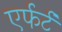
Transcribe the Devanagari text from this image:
एर्फर्ट